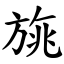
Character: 旐